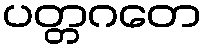
ပတ္တဂတေ